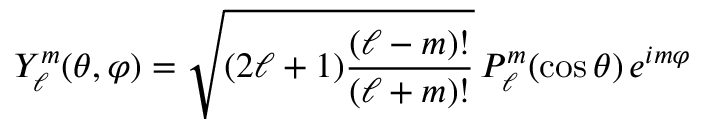
Y _ { \ell } ^ { m } ( \theta , \varphi ) = { \sqrt { { ( 2 \ell + 1 ) } { \frac { ( \ell - m ) ! } { ( \ell + m ) ! } } } } \, P _ { \ell } ^ { m } ( \cos { \theta } ) \, e ^ { i m \varphi }